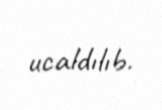
ucaldılıb.